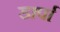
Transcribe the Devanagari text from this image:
डार्पा